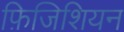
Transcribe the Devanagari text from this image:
फ़िजिशियन